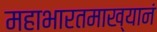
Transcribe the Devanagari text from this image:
महाभारतमाख्यानं